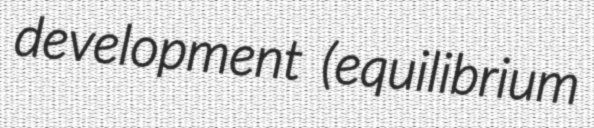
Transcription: development (equilibrium